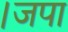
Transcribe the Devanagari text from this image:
।जपा